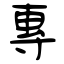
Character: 專